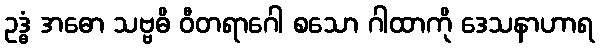
ဥဒ္ဓံ အဓော သဗ္ဗဓိ ဝီတရာဂေါ စသော ဂါထာကို ဒေသနာဟာရ